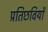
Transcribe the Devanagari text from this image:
प्रतिछवियों